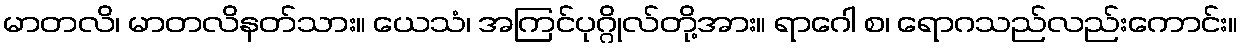
မာတလိ၊ မာတလိနတ်သား။ ယေသံ၊ အကြင်ပုဂ္ဂိုလ်တို့အား။ ရာဂေါ စ၊ ရောဂသည်လည်းကောင်း။